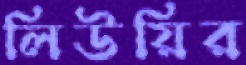
লিউয়ির